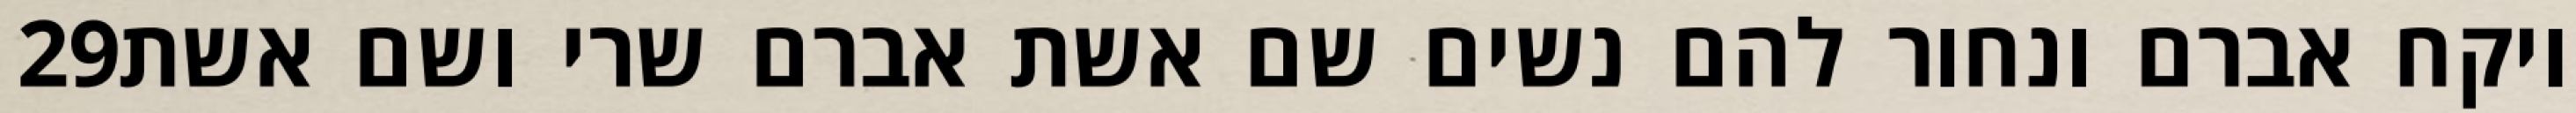
‎29‏ ויקח אברם ונחור להם נשים שם אשת אברם שרי ושם אשת